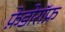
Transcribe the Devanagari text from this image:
फ़ेडोरॉफ़